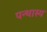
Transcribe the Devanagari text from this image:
पन्थास्य